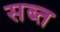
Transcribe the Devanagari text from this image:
सब्त